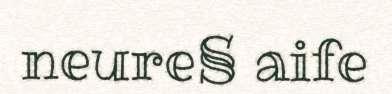
neure§ aife